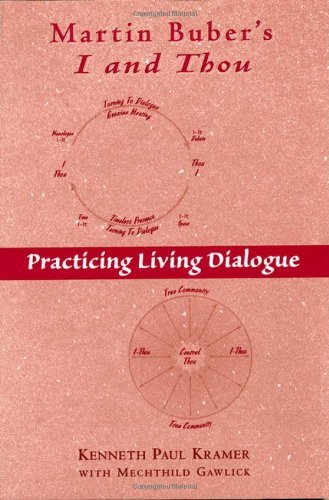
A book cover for Martin Buber's I and Thou: Practicing Living Dialogue; Kenneth Paul Kramer; Politics & Social Sciences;